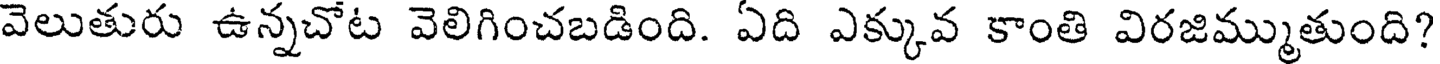
వెలుతురు ఉన్నచోట వెలిగించబడింది. ఏది ఎక్కువ కాంతి విరజిమ్ముతుంది?